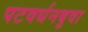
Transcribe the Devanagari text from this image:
पटवर्धनबुवा